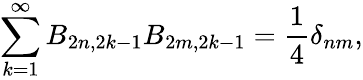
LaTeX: \sum_{k=1}^{\infty}B_{2n,2k-1}B_{2m,2k-1}=\frac{1}{4}\delta_{nm},